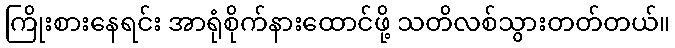
ကြိုးစားနေရင်း အာရုံစိုက်နားထောင်ဖို့ သတိလစ်သွားတတ်တယ်။